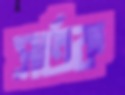
সর্তক